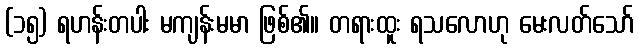
(၁၅) ရဟန်းတပါး မကျန်းမမာ ဖြစ်၏။ တရားထူး ရသလောဟု မေးလတ်သော်